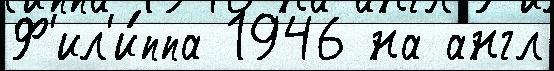
Ф'ил'и́ппа 1946 на англ